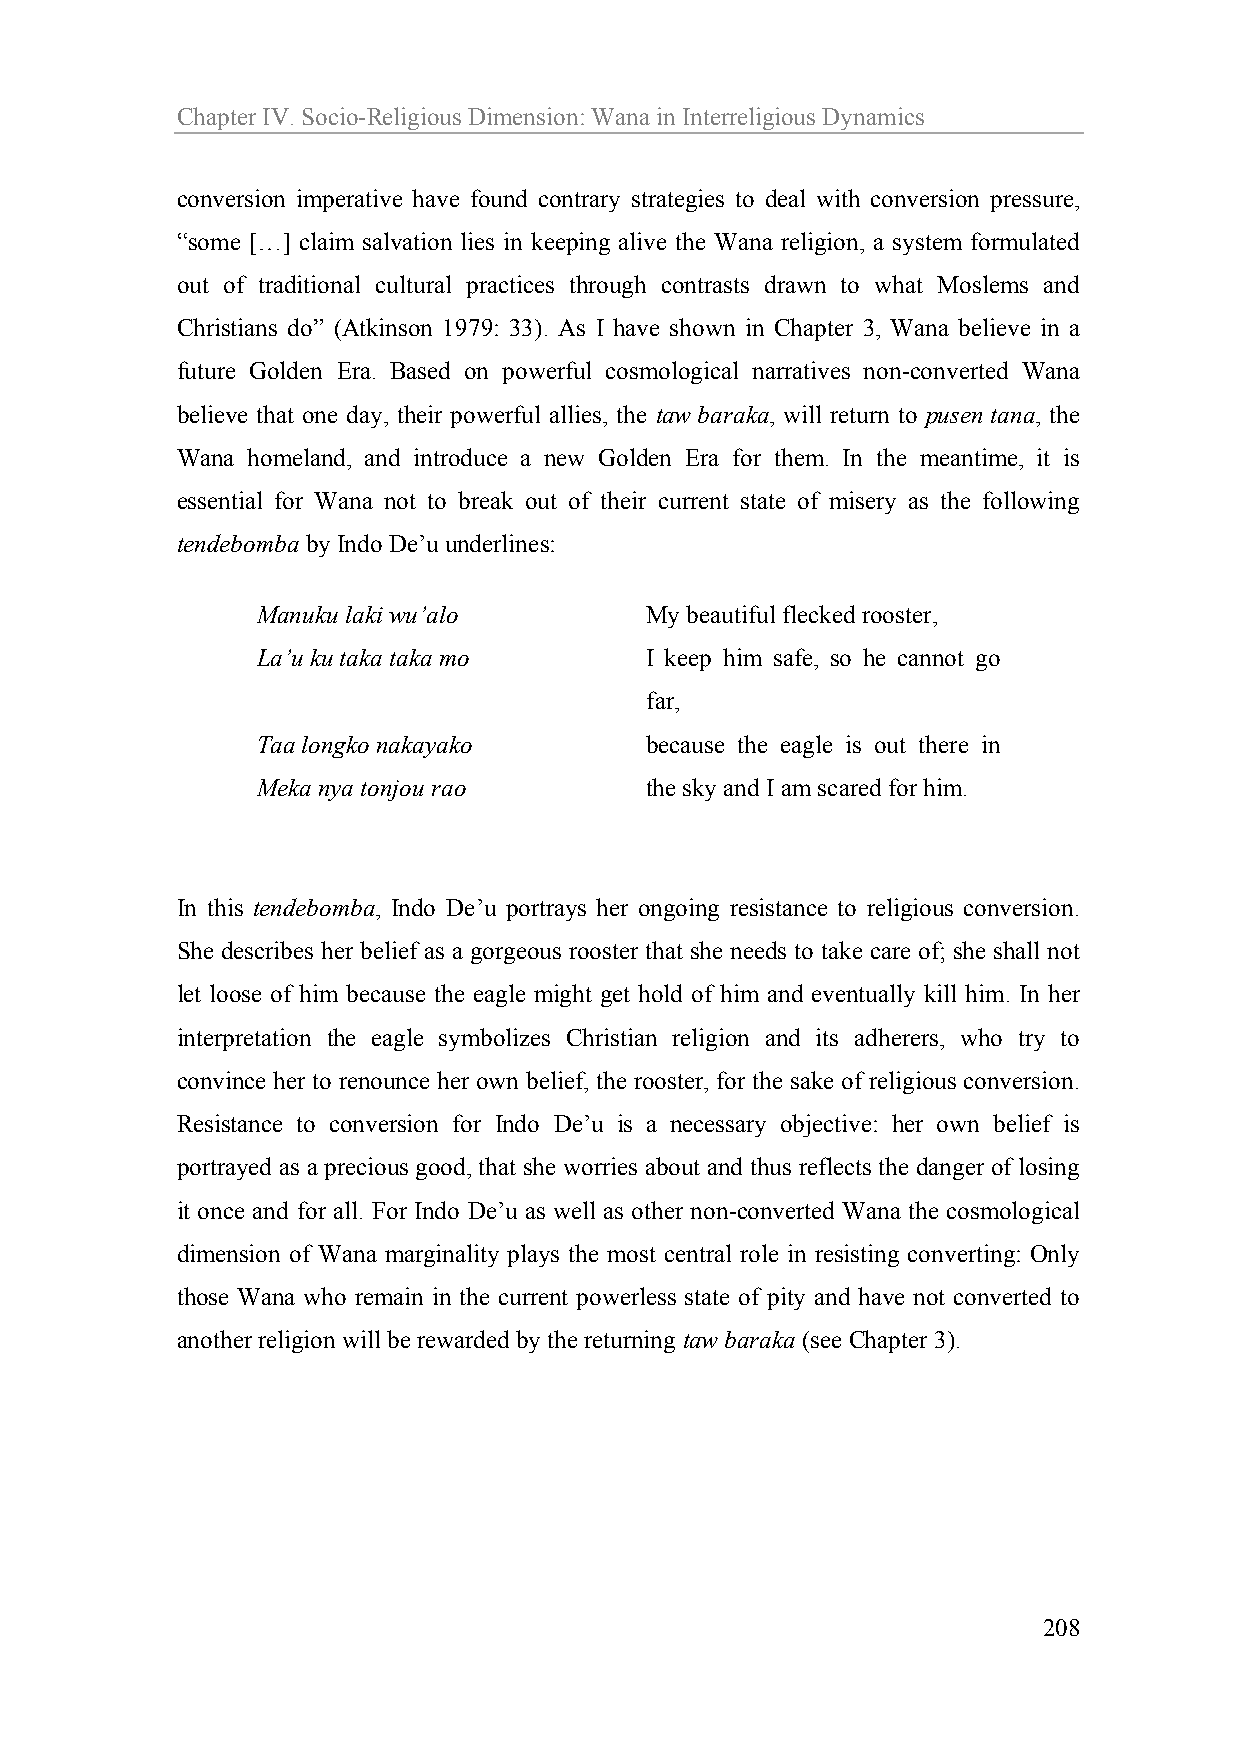
Chapter IV. Socio-Religious Dimension: Wana in Interreligious Dynamics
 conversion imperative have found contrary strategies to deal with conversion pressure,
 “some […] claim salvation lies in keeping alive the Wana religion, a system formulated
 out of traditional cultural practices through contrasts drawn to what Moslems and
 Christians do” (Atkinson 1979: 33). As I have shown in Chapter 3, Wana believe in a
 future Golden Era. Based on powerful cosmological narratives non-converted Wana
 believe that one day, their powerful allies, the taw baraka, will return to pusen tana, the
 Wana homeland, and introduce a new Golden Era for them. In the meantime, it is
 essential for Wana not to break out of their current state of misery as the following
 tendebomba by Indo De’u underlines:
 Manuku laki wu’alo        My beautiful flecked rooster,
 La’u ku taka taka mo      I keep him safe, so he cannot go
 far,
 Taa longko nakayako       because the eagle is out there in
 Meka nya tonjou rao       the sky and I am scared for him.
 In this tendebomba, Indo De’u portrays her ongoing resistance to religious conversion.
 She describes her belief as a gorgeous rooster that she needs to take care of; she shall not
 let loose of him because the eagle might get hold of him and eventually kill him. In her
 interpretation the eagle symbolizes Christian religion and its adherers, who try to
 convince her to renounce her own belief, the rooster, for the sake of religious conversion.
 Resistance to conversion for Indo De’u is a necessary objective: her own belief is
 portrayed as a precious good, that she worries about and thus reflects the danger of losing
 it once and for all. For Indo De’u as well as other non-converted Wana the cosmological
 dimension of Wana marginality plays the most central role in resisting converting: Only
 those Wana who remain in the current powerless state of pity and have not converted to
 another religion will be rewarded by the returning taw baraka (see Chapter 3).
 208